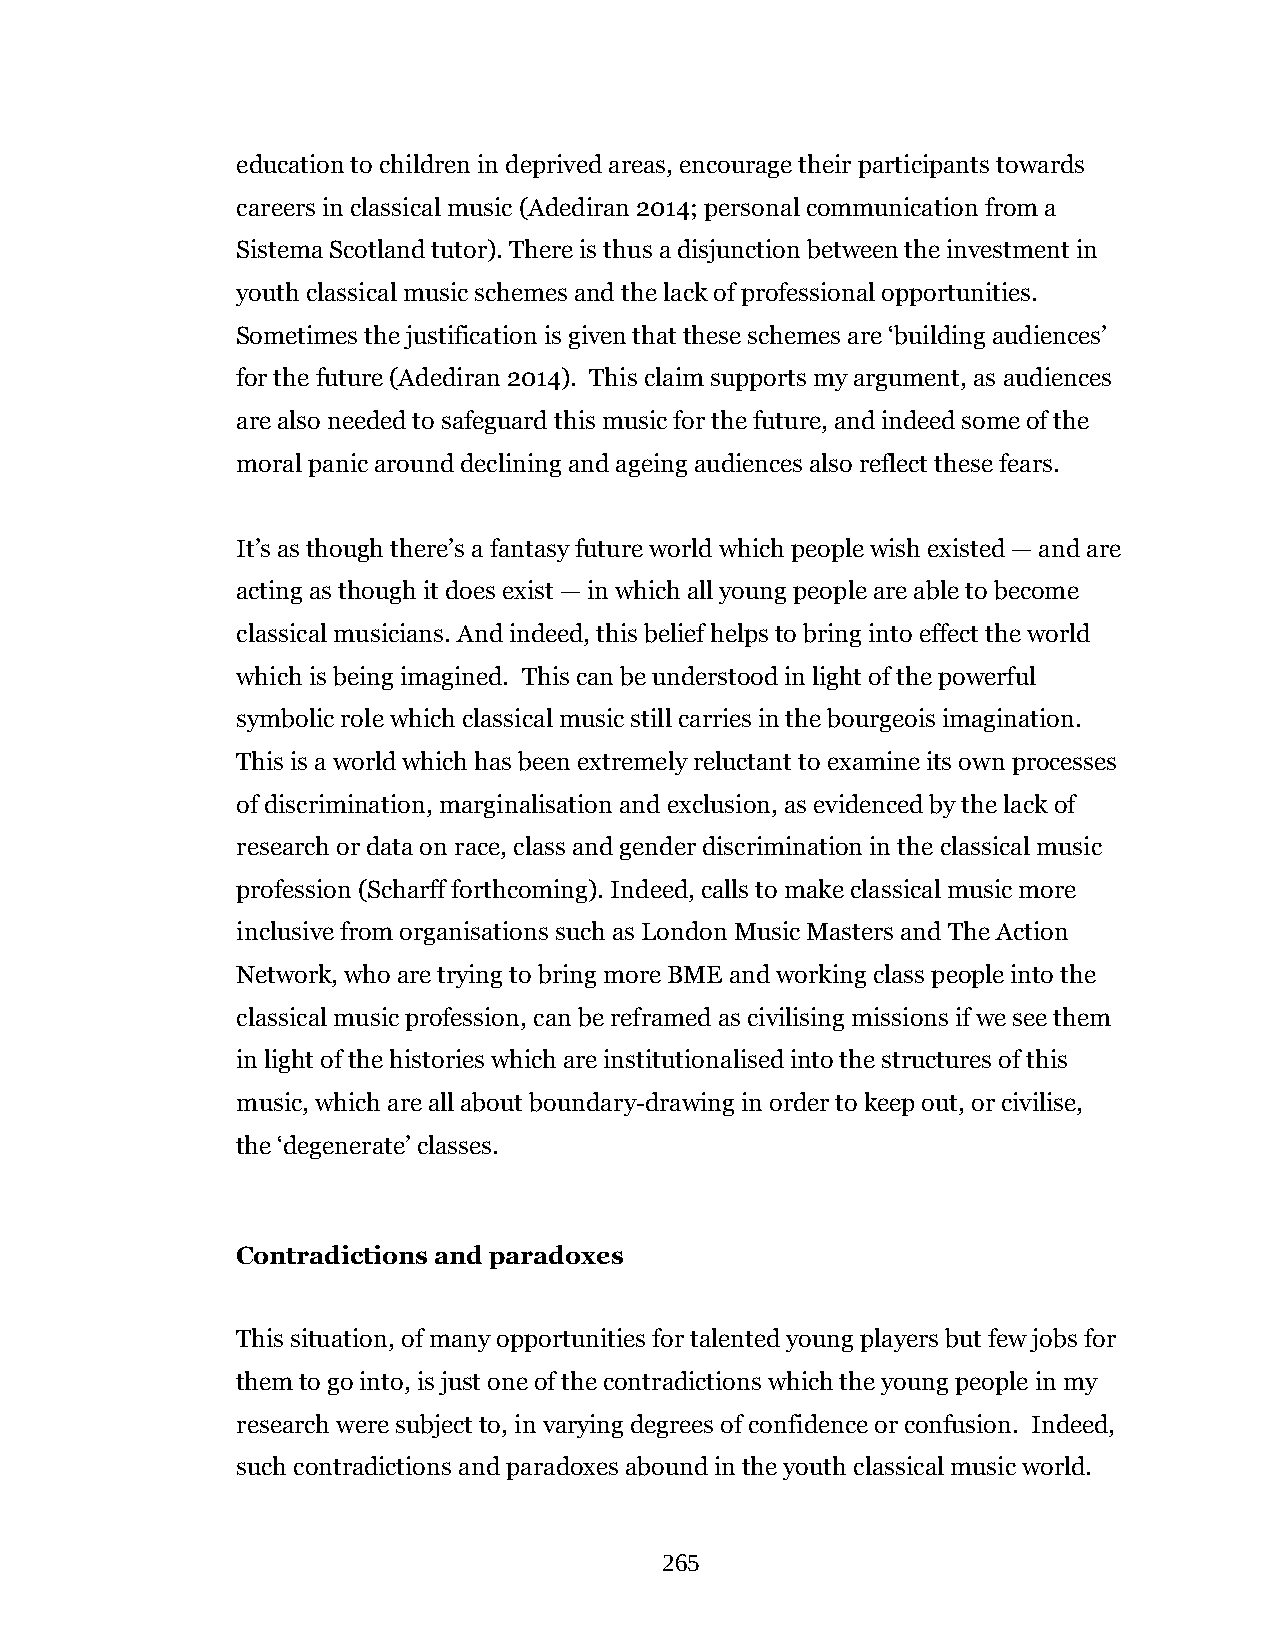
education to children in deprived areas, encourage their participants towards
 careers in classical music (Adediran 2014; personal communication from a
 Sistema Scotland tutor). There is thus a disjunction between the investment in
 youth classical music schemes and the lack of professional opportunities.
 Sometimes the justification is given that these schemes are ‘building audiences’
 for the future (Adediran 2014). This claim supports my argument, as audiences
 are also needed to safeguard this music for the future, and indeed some of the
 moral panic around declining and ageing audiences also reflect these fears.
 It’s as though there’s a fantasy future world which people wish existed — and are
 acting as though it does exist — in which all young people are able to become
 classical musicians. And indeed, this belief helps to bring into effect the world
 which is being imagined. This can be understood in light of the powerful
 symbolic role which classical music still carries in the bourgeois imagination.
 This is a world which has been extremely reluctant to examine its own processes
 of discrimination, marginalisation and exclusion, as evidenced by the lack of
 research or data on race, class and gender discrimination in the classical music
 profession (Scharff forthcoming). Indeed, calls to make classical music more
 inclusive from organisations such as London Music Masters and The Action
 Network, who are trying to bring more BME and working class people into the
 classical music profession, can be reframed as civilising missions if we see them
 in light of the histories which are institutionalised into the structures of this
 music, which are all about boundary-drawing in order to keep out, or civilise,
 the ‘degenerate’ classes.
 Contradictions and paradoxes
 This situation, of many opportunities for talented young players but few jobs for
 them to go into, is just one of the contradictions which the young people in my
 research were subject to, in varying degrees of confidence or confusion. Indeed,
 such contradictions and paradoxes abound in the youth classical music world.
 265